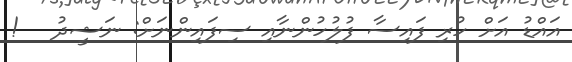
އައްޑު އަށް ހުރި ފައިސާ ފުލުހުންނާއި ސިފައިންނަށް: ނަޝީދު   !